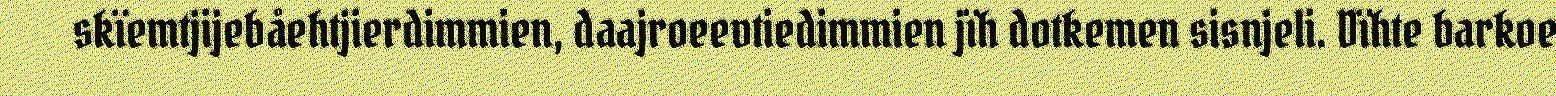
skïemtjijebåehtjierdimmien, daajroeevtiedimmien jïh dotkemen sisnjeli. Dïhte barkoe